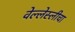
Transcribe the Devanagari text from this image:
वेल्लेस्लीचा